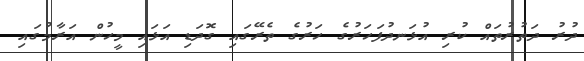
ދުރު ދަތުރުތައް ކުރި އުޅަނދުފަހަރުގެ ހަރުގެ ތެރޭގައި ގޮދަޑި އަޅައި މީހުން އަރާމުގައި